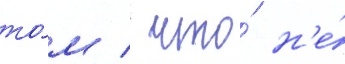
то́м / что́ н'е́